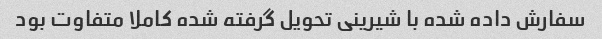
سفارش داده شده با شیرینی تحویل گرفته شده کاملا متفاوت بود